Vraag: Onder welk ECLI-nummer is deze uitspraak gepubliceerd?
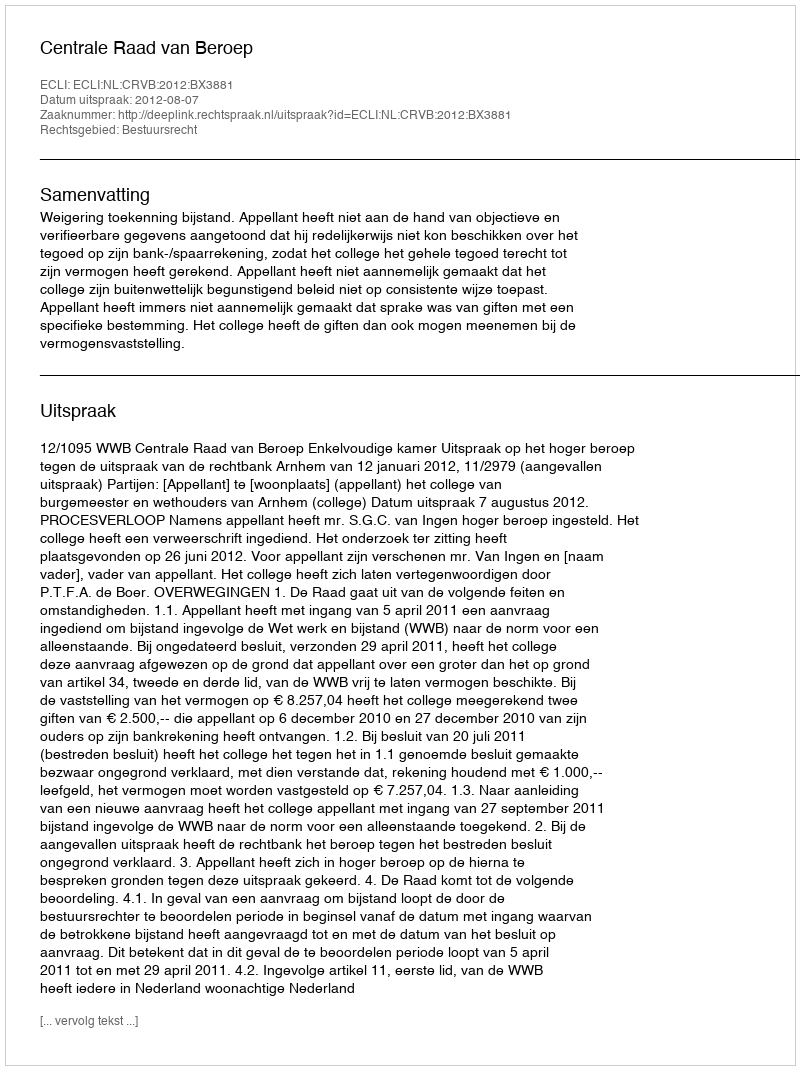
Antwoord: ECLI:NL:CRVB:2012:BX3881